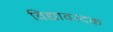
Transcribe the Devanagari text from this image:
विद्यावरदक